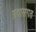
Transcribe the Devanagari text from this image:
प्रवासगत